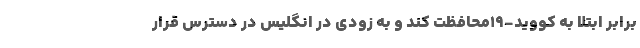
برابر ابتلا به کووید-۱۹محافظت کند و به زودی در انگلیس در دسترس قرار